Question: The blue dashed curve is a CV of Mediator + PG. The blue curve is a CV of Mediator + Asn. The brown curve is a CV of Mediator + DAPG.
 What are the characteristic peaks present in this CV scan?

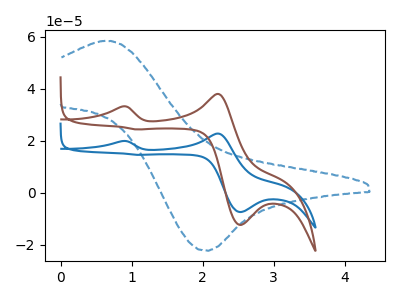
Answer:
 <answer>The blue dashed curve "Mediator + PG" has an anodic peak at (0.65V, 58.50uA) and a cathodic peak at (2.05V, -22.30uA). The blue curve "Mediator + Asn" has anodic peaks at (0.85V, 19.90uA) (2.20V, 22.75uA) and cathodic peaks at (2.55V, -7.40uA) (1.05V, 14.60uA). The brown curve "Mediator + DAPG" has anodic peaks at (0.85V, 33.20uA) (2.20V, 38.00uA) and cathodic peaks at (2.55V, -12.35uA) (1.05V, 24.35uA).</answer>
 <eval></eval>